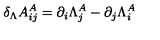
\delta _ { \Lambda } A _ { i j } ^ { A } = \partial _ { i } \Lambda _ { j } ^ { A } - \partial _ { j } \Lambda _ { i } ^ { A }